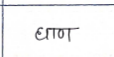
मजकूर: घाण